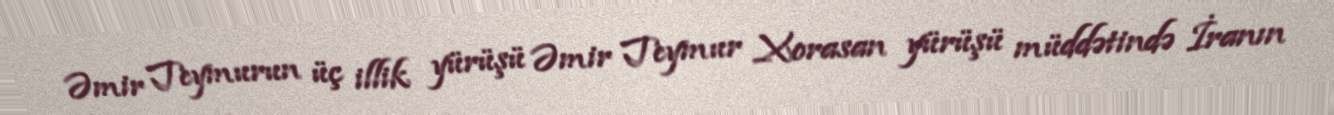
Əmir Teymurun üç illik yürüşü Əmir Teymur Xorasan yürüşü müddətində İranın